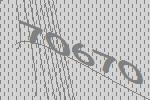
70670